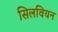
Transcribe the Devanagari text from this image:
सिलवियन